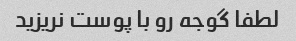
لطفا گوجه رو با پوست نریزید